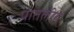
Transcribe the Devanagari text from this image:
पातलीय